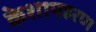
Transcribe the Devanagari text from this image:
केशापहरण